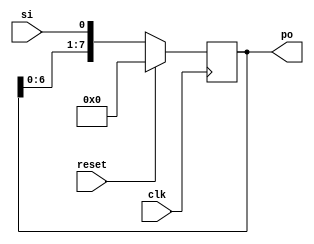
`timescale 1ns / 1ps
//////////////////////////////////////////////////////////////////////////////////
// Company: 
// Engineer: 
// 
// Design Name: 
// Module Name: SIPO_reg
// Project Name: 
// Target Devices: 
// Tool Versions: 
// Description: 
// 
// Dependencies: 
// 
// Revision:
// Revision 0.01 - File Created
// Additional Comments:
// 
//////////////////////////////////////////////////////////////////////////////////


module SIPO_reg #(parameter n=8)(
input clk,reset,si,
output reg[n-1:0]po
    );
    always@(posedge clk)
    begin
    if(reset)
    po<=0;
    else
    po<={po[n-2:0],si};
    end
    
endmodule